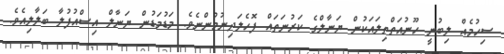
ސިހުމެއް ލިބުނީ ހޫނުއަތްތިލައަކުން ޔަނާލްގެ ކަރުނަތައް ފޮހެލަދިނުމުންނެވެ. މަޑުމަޑުން ޔަނާލް އިސްއުފުލާ ބަލާލިއެވެ.